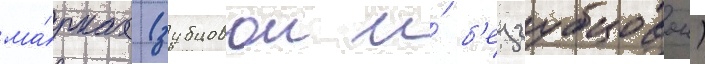
ма́рках (зубцовои и́ б'еззубцовои)